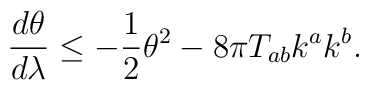
\frac{d\theta}{d\lambda} \leq     - \frac{1}{2} \theta^2 - 8\pi T_{ab} k^a k^b.